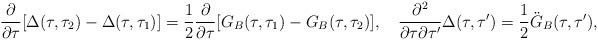
LaTeX: \begin{align*}\frac{\partial}{\partial\tau}[\Delta(\tau,\tau_2)-\Delta(\tau,\tau_1)]={1\over2}\frac{\partial}{\partial\tau}[G_B(\tau,\tau_1)- G_B(\tau,\tau_2)],\quad\frac{\partial^2}{\partial\tau\partial\tau'}\Delta(\tau,\tau')= {1\over 2}\ddot{G}_B(\tau,\tau'),\end{align*}